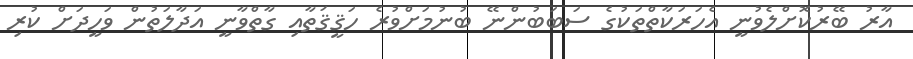
އާރު ބޭރުކޮށްލެވުނީ އެހަރަކާތްތަކުގެ ސަބަބުންނޭ ބުނުމަށްވުރެ ހަޤީޤަތާއި ގާތްވާނީ އަދާލަތުން ވަހީދަށް ކުރި